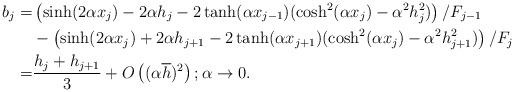
LaTeX: \begin{align*}b_{j} =&\left( \sinh(2\alpha x_j)-2\alpha h_j - 2\tanh(\alpha x_{j-1})(\cosh^2(\alpha x_j)-\alpha^2 h_{j}^2) \right) / F_{j-1}\\&-\left( \sinh(2\alpha x_j)+2\alpha h_{j+1} - 2\tanh(\alpha x_{j+1})(\cosh^2(\alpha x_j)-\alpha^2 h_{j+1}^2) \right) / F_{j}\\=& \dfrac{h_{j}+h_{j+1}}{3} +O\left((\alpha \overline{h})^2\right); \alpha\to 0.\end{align*}